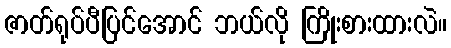
ဇာတ်ရုပ်ပီပြင်အောင် ဘယ်လို ကြိုးစားထားလဲ။